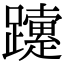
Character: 𨇈